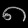
Digit: ၈